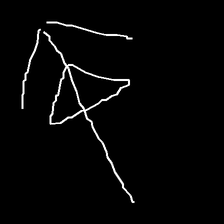
Glyph: pull